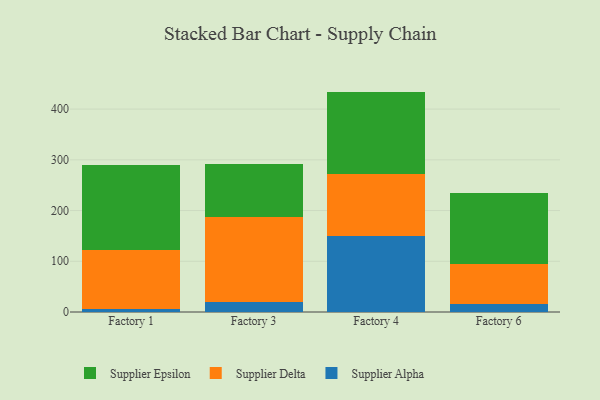
{"axis": {"x": "Factory", "y": "Churn Rate (%)"}, "legend": ["Supplier Alpha", "Supplier Delta", "Supplier Epsilon"], "data": [{"x": "Factory 1", "y": 5.9, "type": "Supplier Alpha"}, {"x": "Factory 1", "y": 116.8, "type": "Supplier Delta"}, {"x": "Factory 1", "y": 167.0, "type": "Supplier Epsilon"}, {"x": "Factory 3", "y": 19.9, "type": "Supplier Alpha"}, {"x": "Factory 3", "y": 167.6, "type": "Supplier Delta"}, {"x": "Factory 3", "y": 104.6, "type": "Supplier Epsilon"}, {"x": "Factory 4", "y": 149.8, "type": "Supplier Alpha"}, {"x": "Factory 4", "y": 121.5, "type": "Supplier Delta"}, {"x": "Factory 4", "y": 163.2, "type": "Supplier Epsilon"}, {"x": "Factory 6", "y": 15.5, "type": "Supplier Alpha"}, {"x": "Factory 6", "y": 79.4, "type": "Supplier Delta"}, {"x": "Factory 6", "y": 139.6, "type": "Supplier Epsilon"}]}